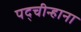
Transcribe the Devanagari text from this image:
पद्चीन्हाना